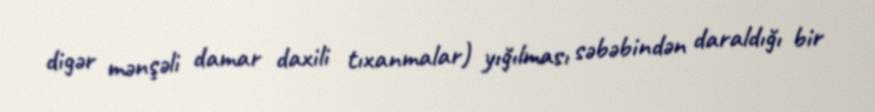
digər mənşəli damar daxili tıxanmalar) yığılması səbəbindən daraldığı bir